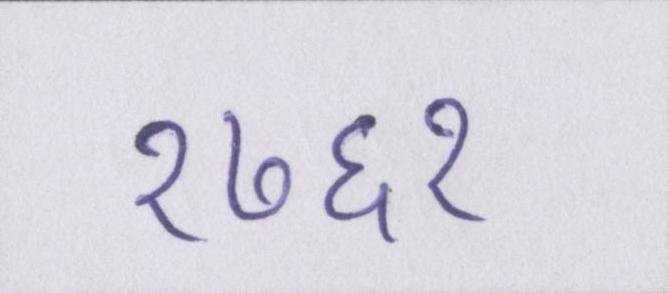
१७६१